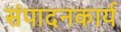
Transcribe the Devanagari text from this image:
संपादनकार्य